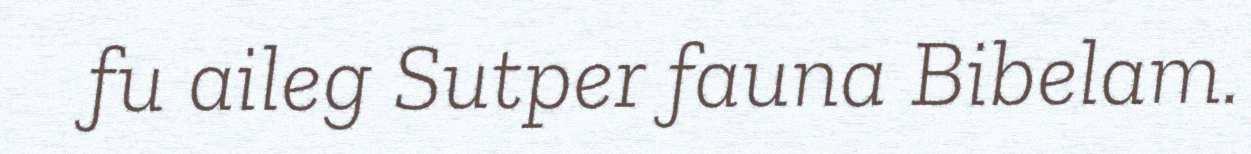
fu aileg Sutper fauna Bibelam.